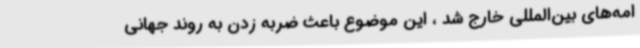
امه‌های بین‌المللی خارج شد ، این موضوع باعث ضربه زدن به روند جهانی